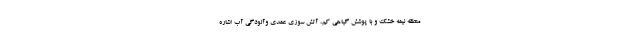
منطقه نیمه خشک و با پوشش گیاهی کم، آتش سوزی عمدی وآلودگی آب اشاره